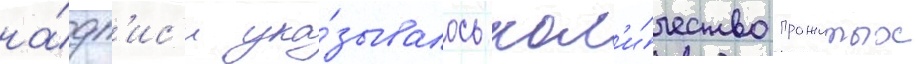
на́дп'ис'и ука́зывалось кол'и́чество прожитых